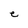
Character: e